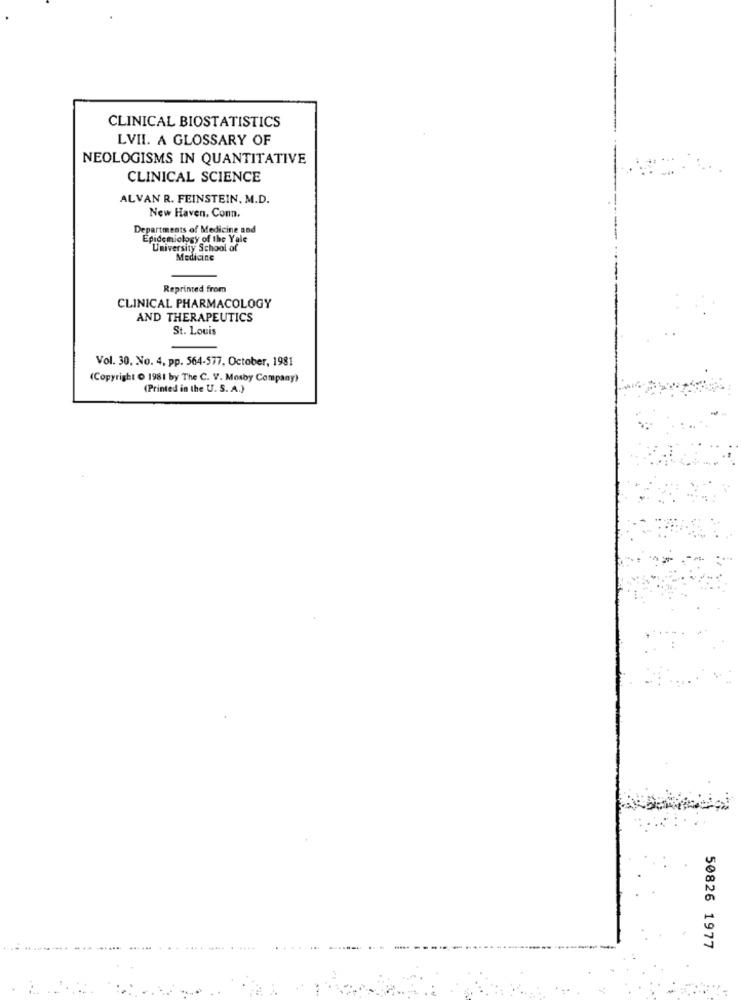
CLINICAL BIOSTATISTICS
LVII. A GLOSSARY OF
NEOLOGISMS IN QUANTITATIVE
CLINICAL SCIENCE
ALVAN R. FEINSTEIN, M.D.
New Haven, Conn.
Departments of Medicine and
Epidemiology of the Yale
University School of
Medicine
Reprinted from
CLINICAL PHARMACOLOGY
AND THERAPEUTICS
St. Louis
Vol. 30. No. 4, pp. 564-577, October, 1981
(Copyright O 1981 by The C. V. Mosby Company)
(Printed in the U. S. A.)
50826 1977
.......-.. .